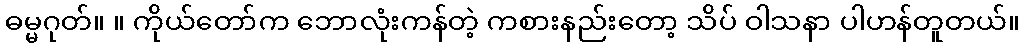
ဓမ္မဂုတ်။ ။ ကိုယ်တော်က ဘောလုံးကန်တဲ့ ကစားနည်းတော့ သိပ် ဝါသနာ ပါဟန်တူတယ်။